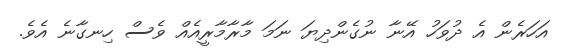
އަހަރެން އެ ދުވަހު އޭނާ ނުގެންދިޔަ ނަމަ މާރާމާރީއެއް ވެސް ހިނގާނެ އެވެ.